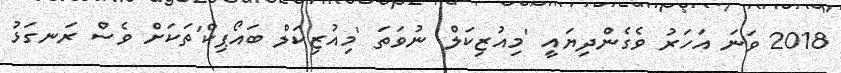
2018 ވަނަ އަހަރު ވެގެންދިޔައީ 'މިއުޒިކަލް' ނުވަތަ 'މިއުޒިކަލް ބައޯޕިކް'ތަކަށް ވެސް ރަނގަޅު